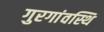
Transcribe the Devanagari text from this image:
गुरगांवस्थि